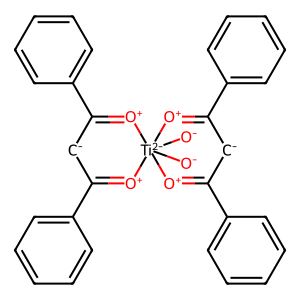
SMILES: [O-][Ti-2]12([O-])([O+]=C(c3ccccc3)[CH-]C(c3ccccc3)=[O+]1)[O+]=C(c1ccccc1)[CH-]C(c1ccccc1)=[O+]2
Inhibits HIV replication: No